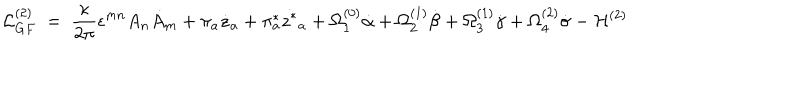
{ \cal L } _ { G F } ^ { ( 2 ) } ~ = ~ \frac { \kappa } { 2 \pi } \epsilon ^ { m n } A _ { n } { \dot { A } } _ { m } + \pi _ { a } { \dot { z } } _ { a } + \pi _ { a } ^ { * } \dot { z ^ { * } } _ { a } + \Omega _ { 1 } ^ { ( 0 ) } \dot { \alpha } + \Omega _ { 2 } ^ { ( 1 ) } \dot { \beta } + \Omega _ { 3 } ^ { ( 1 ) } \dot { \gamma } + \Omega _ { 4 } ^ { ( 2 ) } \dot { \sigma } - { \cal H } ^ { ( 2 ) }